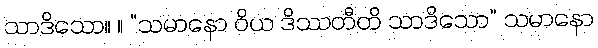
သာဒိသော။ ။ “သမာနော ဝိယ ဒိဿတီတိ သာဒိသော” သမာနော